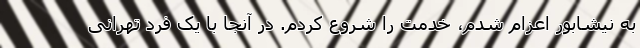
به نیشابور اعزام شدم، خدمت را شروع کردم. در آنجا با یک فرد تهرانی